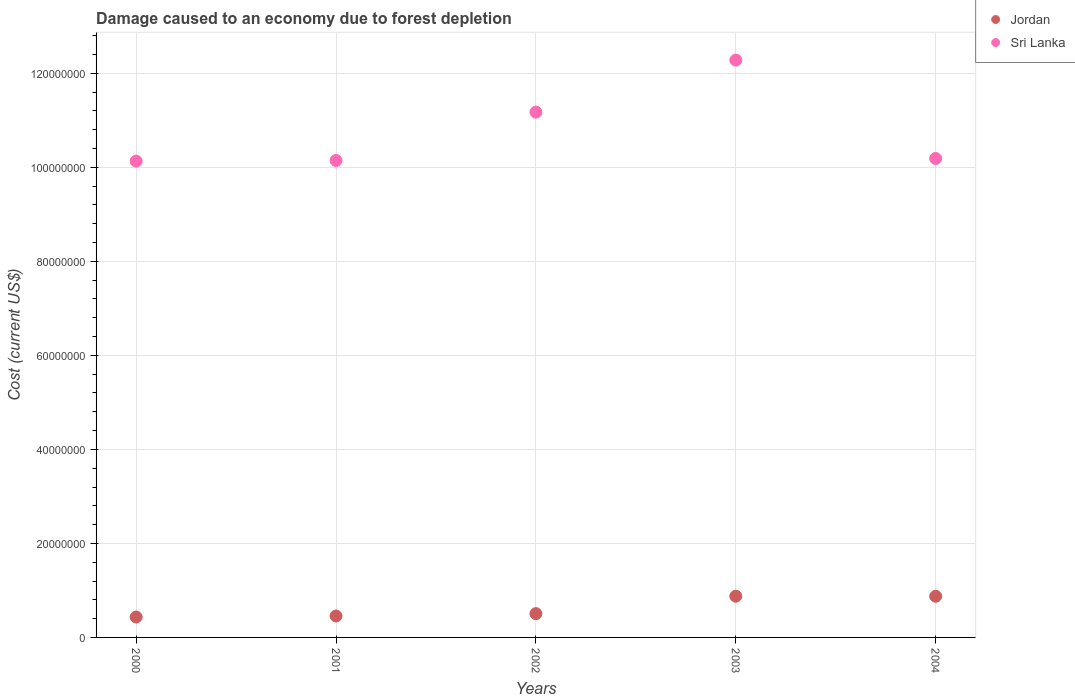
| Years | Jordan | Sri Lanka |
 | --- | --- | --- |
 | 2000 | 4.35e+06 | 1.01e+08 |
 | 2001 | 4.56e+06 | 1.01e+08 |
 | 2002 | 5.06e+06 | 1.12e+08 |
 | 2003 | 8.77e+06 | 1.23e+08 |
 | 2004 | 8.75e+06 | 1.02e+08 |